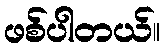
ဖစ်ပါတယ်။